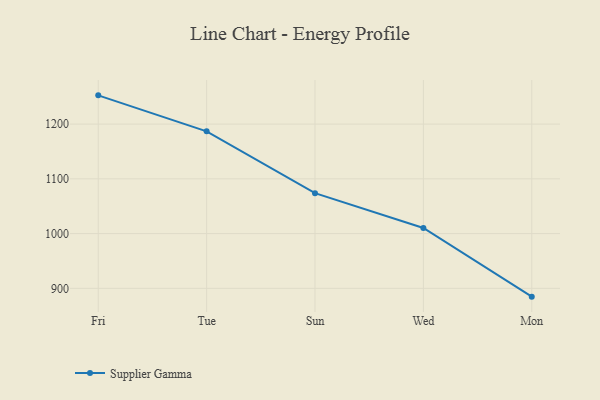
{"axis": {"x": "Day", "y": "Revenue (USD Million)"}, "legend": ["Supplier Gamma"], "data": [{"x": "Fri", "y": 1252.5, "type": "Supplier Gamma"}, {"x": "Tue", "y": 1186.7, "type": "Supplier Gamma"}, {"x": "Sun", "y": 1073.8, "type": "Supplier Gamma"}, {"x": "Wed", "y": 1010.2, "type": "Supplier Gamma"}, {"x": "Mon", "y": 884.8, "type": "Supplier Gamma"}]}